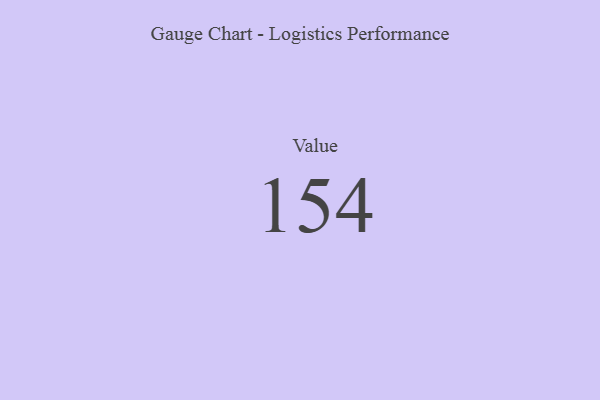
{"axis": {"x": "Metric", "y": "Value"}, "legend": [""], "data": [{"x": "Value", "y": 154, "type": ""}]}